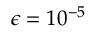
\epsilon = 1 0 ^ { - 5 }